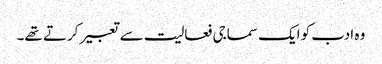
وہ ادب کو ایک سماجی فعالیت سے تعبیر کرتے تھے۔